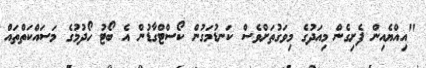
"އިއްޔެއިން ފެށިގެން މިއަދުގެ މިވަގުތަށްވެސް ކަނޑުމަގުން ކޯސްޓްގާޑުން އެ ބޯޓު ހޯދުމުގެ މަސައްކަތްތައް